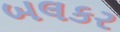
બલકર